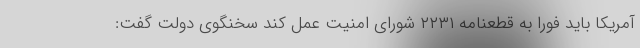
آمریکا باید فورا به قطعنامه ۲۲۳۱ شورای امنیت عمل کند سخنگوی دولت گفت: